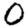
Digit: 0